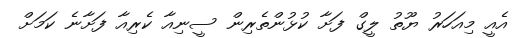
އެއީ މިއަހަރު ޔޫތު ލީގް ފަށާ ކުޅުންތެރިން ސީނިއާ ކެރިއާ ފަށާނެ ކަމަށް